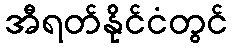
အီရတ်နိုင်ငံတွင်